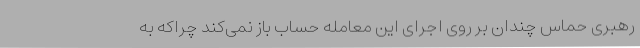
رهبری حماس چندان بر روی اجرای این معامله حساب باز نمی‌کند چراکه به